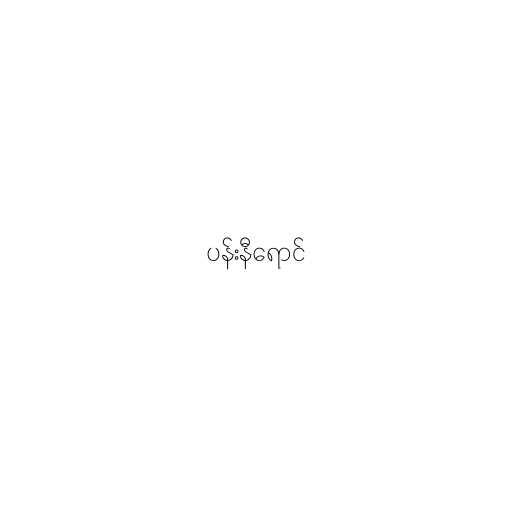
ပန်းနီရောင်